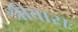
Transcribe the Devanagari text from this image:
श्रीवासः